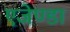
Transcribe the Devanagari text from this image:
एजेण्‍डा